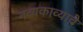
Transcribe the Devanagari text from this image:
नव्यकाव्याचे